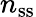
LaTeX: n_{\mathrm{ss}}